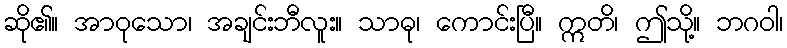
ဆို၏။ အာဝုသော၊ အချင်းဘီလူး။ သာဓု၊ ကောင်းပြီ။ ဣတိ၊ ဤသို့။ ဘဂဝါ၊